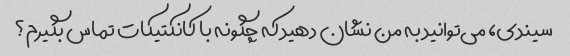
سیندی، می‌توانید به من نشان دهید که چگونه با کانکتیکات تماس بگیرم؟